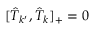
[ \hat { T } _ { k ^ { \prime } } , \hat { T } _ { k } ] _ { + } = 0